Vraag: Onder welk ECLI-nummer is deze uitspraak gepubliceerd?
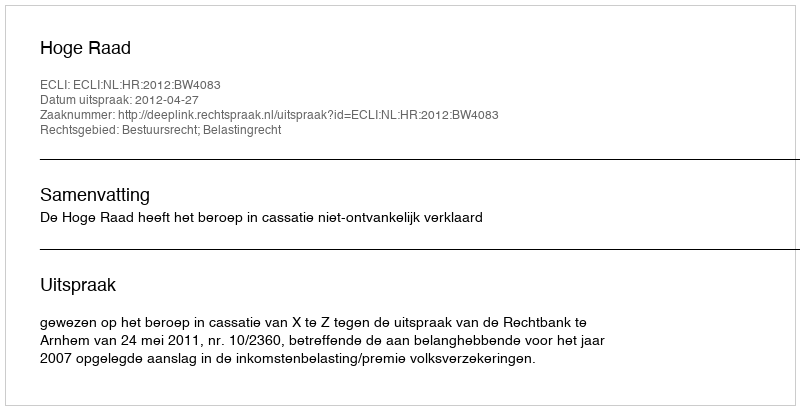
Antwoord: ECLI:NL:HR:2012:BW4083